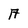
Character: A